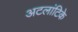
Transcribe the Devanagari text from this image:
अटलांटिके